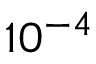
1 0 ^ { - 4 }